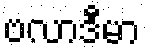
ဗလာဒီမာ